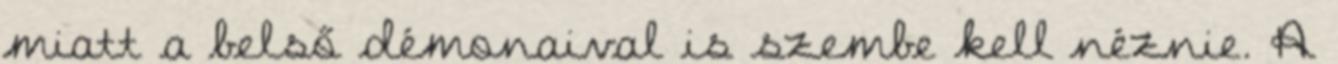
miatt a belső démonaival is szembe kell néznie. A